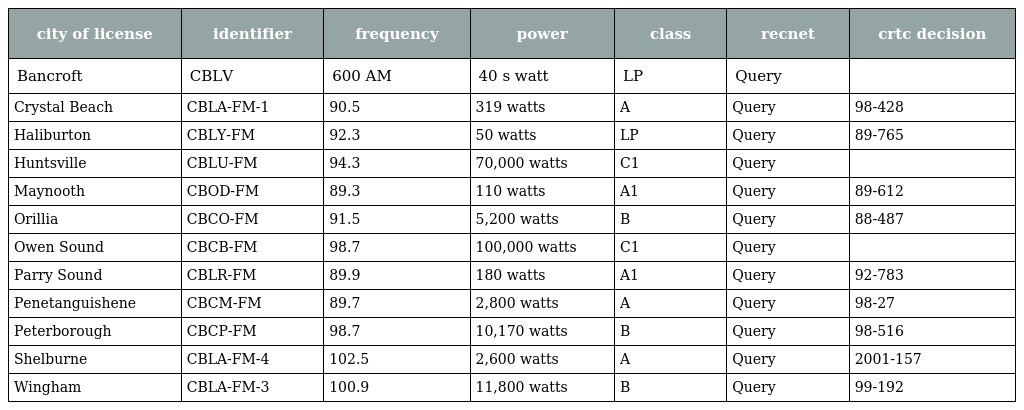
| city of license | identifier | frequency | power | class | recnet | crtc decision |
 | --- | --- | --- | --- | --- | --- | --- |
 | Bancroft | CBLV | 600 AM | 40 s watt | LP | Query |  |
 | Crystal Beach | CBLA-FM-1 | 90.5 | 319 watts | A | Query | 98-428 |
 | Haliburton | CBLY-FM | 92.3 | 50 watts | LP | Query | 89-765 |
 | Huntsville | CBLU-FM | 94.3 | 70,000 watts | C1 | Query |  |
 | Maynooth | CBOD-FM | 89.3 | 110 watts | A1 | Query | 89-612 |
 | Orillia | CBCO-FM | 91.5 | 5,200 watts | B | Query | 88-487 |
 | Owen Sound | CBCB-FM | 98.7 | 100,000 watts | C1 | Query |  |
 | Parry Sound | CBLR-FM | 89.9 | 180 watts | A1 | Query | 92-783 |
 | Penetanguishene | CBCM-FM | 89.7 | 2,800 watts | A | Query | 98-27 |
 | Peterborough | CBCP-FM | 98.7 | 10,170 watts | B | Query | 98-516 |
 | Shelburne | CBLA-FM-4 | 102.5 | 2,600 watts | A | Query | 2001-157 |
 | Wingham | CBLA-FM-3 | 100.9 | 11,800 watts | B | Query | 99-192 |